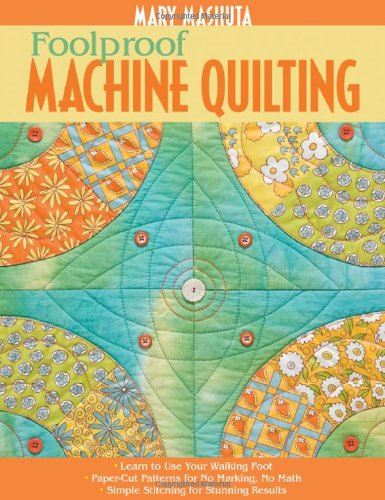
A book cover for Foolproof Machine Quilting: Learn to Use Your Walking Foot  Paper-Cut Patterns for No Marking, No Math  Simple Stitching for Stunning Results; Mary Mashuta; Crafts, Hobbies & Home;